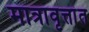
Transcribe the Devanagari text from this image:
मात्रावृत्तांत